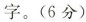
字。(6分)